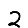
Digit: 2